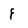
Character: F